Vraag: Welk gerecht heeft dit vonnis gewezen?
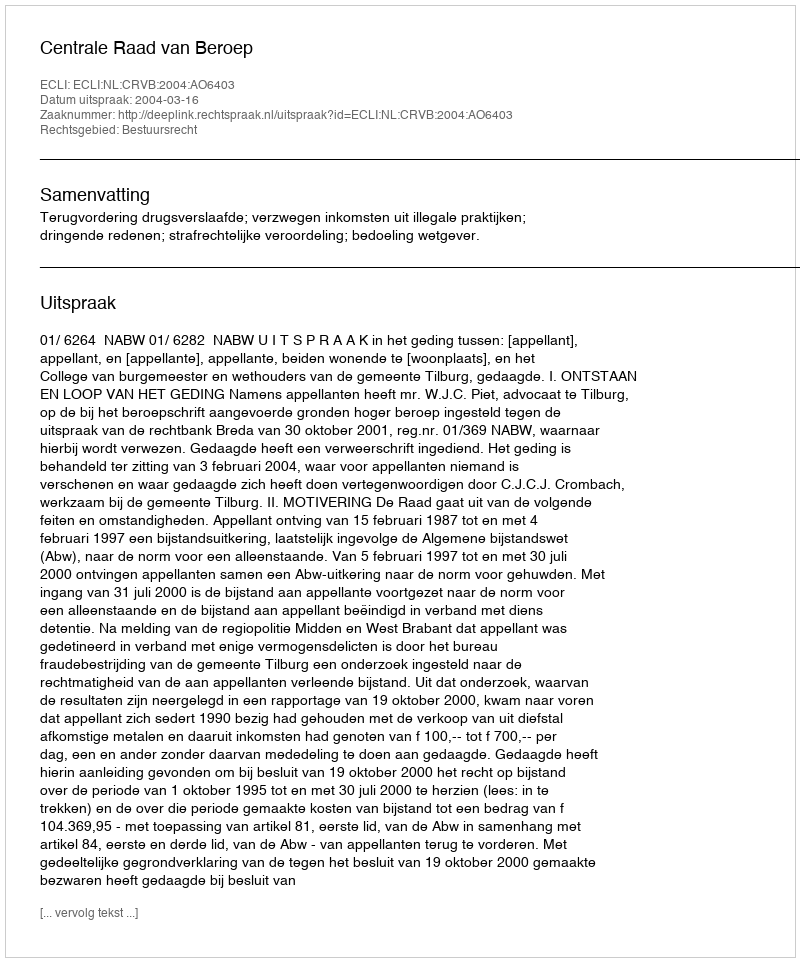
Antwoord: Centrale Raad van Beroep